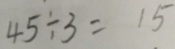
4 5 \div 3 = 1 5